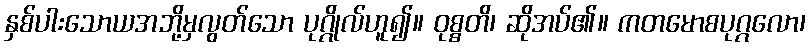
နှစ်ပါးသောယအဘို့မှလွတ်သော ပုဂ္ဂိုလ်ဟူ၍။ ဝုစ္စတိ၊ ဆိုအပ်၏။ ကတမောစပုဂ္ဂလော၊